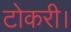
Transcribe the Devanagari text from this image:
टोकरी।